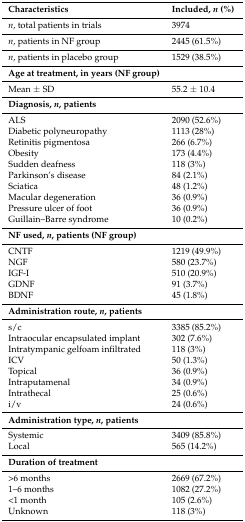
<table><thead><tr><td><b>Characteristics</b></td><td><b>Included, <i>n</i> (%)</b></td></tr></thead><tbody><tr><td><i>n</i>, total patients in trials</td><td>3974</td></tr><tr><td><i>n</i>, patients in NF group</td><td>2445 (61.5%)</td></tr><tr><td><i>n</i>, patients in placebo group</td><td>1529 (38.5%)</td></tr><tr><td><b>Age at treatment, in years (NF group)</b></td><td></td></tr><tr><td>Mean ± SD</td><td>55.2 ± 10.4</td></tr><tr><td><b>Diagnosis, <i>n</i>, patients</b></td><td></td></tr><tr><td>ALS</td><td>2090 (52.6%)</td></tr><tr><td>Diabetic polyneuropathy</td><td>1113 (28%)</td></tr><tr><td>Retinitis pigmentosa</td><td>266 (6.7%)</td></tr><tr><td>Obesity</td><td>173 (4.4%)</td></tr><tr><td>Sudden deafness</td><td>118 (3%)</td></tr><tr><td>Parkinson’s disease</td><td>84 (2.1%)</td></tr><tr><td>Sciatica</td><td>48 (1.2%)</td></tr><tr><td>Macular degeneration</td><td>36 (0.9%)</td></tr><tr><td>Pressure ulcer of foot</td><td>36 (0.9%)</td></tr><tr><td>Guillain–Barre syndrome</td><td>10 (0.2%)</td></tr><tr><td><b>NF used, <i>n</i>, patients (NF group)</b></td><td></td></tr><tr><td>CNTF</td><td>1219 (49.9%)</td></tr><tr><td>NGF</td><td>580 (23.7%)</td></tr><tr><td>IGF-I</td><td>510 (20.9%)</td></tr><tr><td>GDNF</td><td>91 (3.7%)</td></tr><tr><td>BDNF</td><td>45 (1.8%)</td></tr><tr><td><b>Administration route, <i>n</i>, patients</b></td><td></td></tr><tr><td>s/c</td><td>3385 (85.2%)</td></tr><tr><td>Intraocular encapsulated implant</td><td>302 (7.6%)</td></tr><tr><td>Intratympanic gelfoam infiltrated</td><td>118 (3%)</td></tr><tr><td>ICV</td><td>50 (1.3%)</td></tr><tr><td>Topical</td><td>36 (0.9%)</td></tr><tr><td>Intraputamenal</td><td>34 (0.9%)</td></tr><tr><td>Intrathecal</td><td>25 (0.6%)</td></tr><tr><td>i/v</td><td>24 (0.6%)</td></tr><tr><td><b>Administration type, <i>n</i>, patients</b></td><td></td></tr><tr><td>Systemic</td><td>3409 (85.8%)</td></tr><tr><td>Local</td><td>565 (14.2%)</td></tr><tr><td><b>Duration of treatment</b></td><td></td></tr><tr><td>&gt;6 months</td><td>2669 (67.2%)</td></tr><tr><td>1–6 months</td><td>1082 (27.2%)</td></tr><tr><td>&lt;1 month</td><td>105 (2.6%)</td></tr><tr><td>Unknown</td><td>118 (3%)</td></tr></tbody></table>